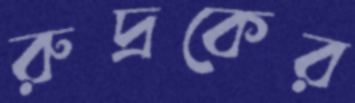
রুদ্রকের